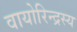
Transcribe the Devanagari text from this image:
वायोरिन्द्रस्य